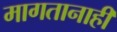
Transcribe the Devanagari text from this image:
मागतानाही